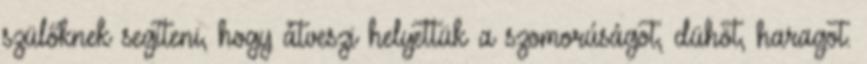
szülőknek segíteni, hogy átveszi helyettük a szomorúságot, dühöt, haragot.